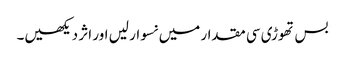
بس تھوڑی سی مقدار میں نسوار لیں اور اثر دیکھیں۔